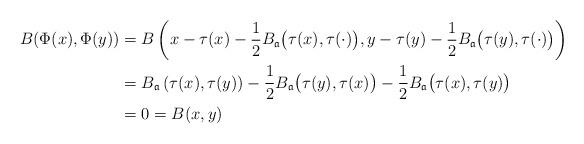
LaTeX: \begin{align*}B(\Phi(x),\Phi(y))&= B\left(x-\tau(x)-\frac{1}{2}B_{\mathfrak a}\big(\tau(x),\tau(\cdot)\big),y-\tau(y)-\frac{1}{2}B_{\mathfrak a}\big(\tau(y),\tau(\cdot)\big)\right)\\&=B_{\mathfrak a}\left(\tau(x),\tau(y)\right)-\frac{1}{2}B_{\mathfrak a}\big(\tau(y),\tau(x)\big)-\frac{1}{2}B_{\mathfrak a}\big(\tau(x),\tau(y)\big)\\&=0=B(x,y)\end{align*}